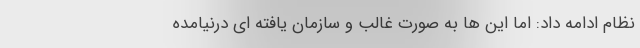
نظام ادامه داد: اما این ها به صورت غالب و سازمان یافته ای درنیامده